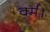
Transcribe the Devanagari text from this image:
वर्म।